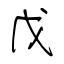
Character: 戊